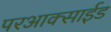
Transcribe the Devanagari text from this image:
परआक्साईड